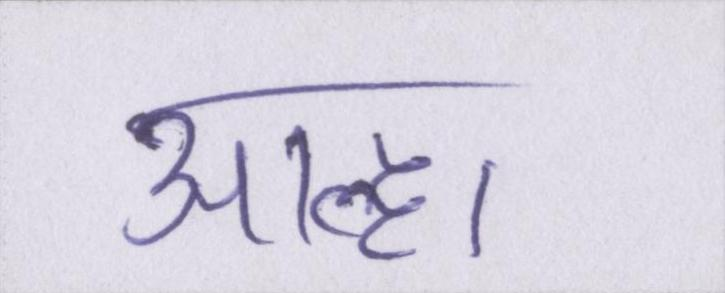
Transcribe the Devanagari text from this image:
आल्हा